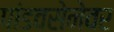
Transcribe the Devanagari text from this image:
पांडवसेनेवर